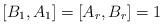
LaTeX: \begin{align*}[B_{1}, A_{1}] = [A_{r}, B_{r}] = 1\end{align*}